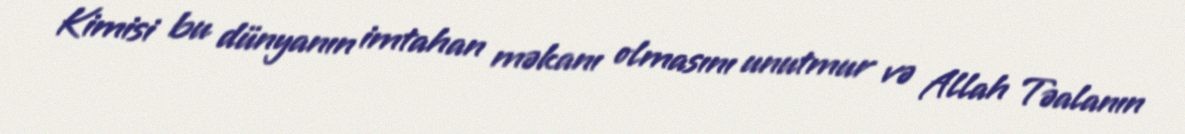
Kimisi bu dünyanın imtahan məkanı olmasını unutmur və Allah Təalanın